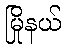
မြိုနယ်